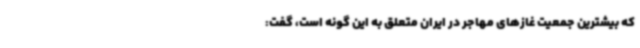
که بیشترین جمعیت غازهای مهاجر در ایران متعلق به این گونه است، گفت: